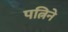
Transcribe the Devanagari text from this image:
पत्निने